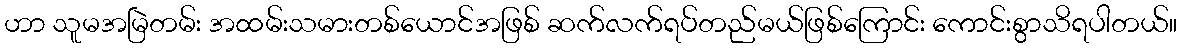
ဟာ သူမအမြဲတမ်း အထမ်းသမားတစ်ယောင်အဖြစ် ဆက်လက်ရပ်တည်မယ်ဖြစ်ကြောင်း ကောင်းစွာသိရပါတယ်။